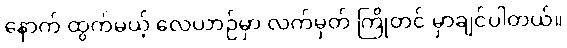
နောက် ထွက်မယ့် လေယာဉ်မှာ လက်မှတ် ကြိုတင် မှာချင်ပါတယ်။